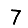
Digit: 7